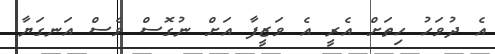
އެ ދުވަހު ހިތަށް އެރީ އެ ވަޒީފާ އަށް ނުގޮސް ވެސް އަނގަޔާ